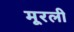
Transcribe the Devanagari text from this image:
मूरली